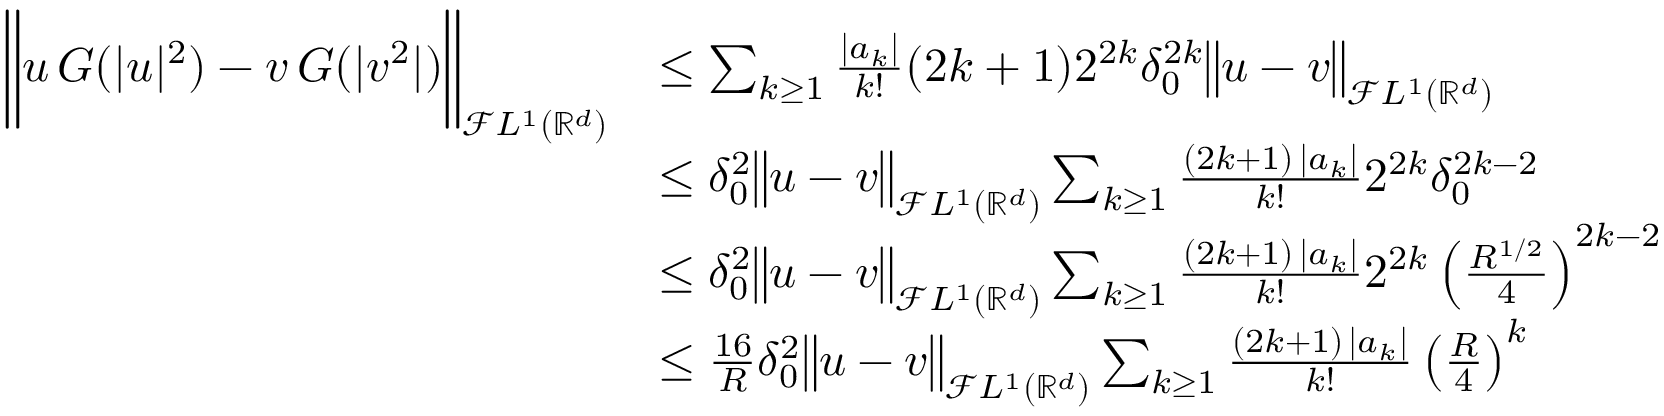
\begin{array} { r l } { \bigg \Vert u \, G ( | u | ^ { 2 } ) - v \, G ( | v ^ { 2 } | ) \bigg \Vert _ { \mathcal { F } L ^ { 1 } ( { \mathbb { R } } ^ { d } ) } } & { \le \sum _ { k \ge 1 } \frac { | a _ { k } | } { k ! } ( 2 k + 1 ) 2 ^ { 2 k } \delta _ { 0 } ^ { 2 k } \big \Vert u - v \big \Vert _ { \mathcal { F } L ^ { 1 } ( { \mathbb { R } } ^ { d } ) } } \\ & { \le \delta _ { 0 } ^ { 2 } \big \Vert u - v \big \Vert _ { \mathcal { F } L ^ { 1 } ( { \mathbb { R } } ^ { d } ) } \sum _ { k \ge 1 } \frac { ( 2 k + 1 ) \, | a _ { k } | } { k ! } 2 ^ { 2 k } \delta _ { 0 } ^ { 2 k - 2 } } \\ & { \le \delta _ { 0 } ^ { 2 } \big \Vert u - v \big \Vert _ { \mathcal { F } L ^ { 1 } ( { \mathbb { R } } ^ { d } ) } \sum _ { k \ge 1 } \frac { ( 2 k + 1 ) \, | a _ { k } | } { k ! } 2 ^ { 2 k } \left( \frac { R ^ { 1 / 2 } } { 4 } \right) ^ { 2 k - 2 } } \\ & { \le \frac { 1 6 } { R } \delta _ { 0 } ^ { 2 } \big \Vert u - v \big \Vert _ { \mathcal { F } L ^ { 1 } ( { \mathbb { R } } ^ { d } ) } \sum _ { k \ge 1 } \frac { ( 2 k + 1 ) \, | a _ { k } | } { k ! } \left( \frac { R } { 4 } \right) ^ { k } } \end{array}